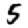
Digit: 5